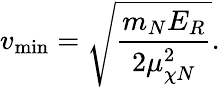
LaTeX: v_{\mathrm{min}}=\sqrt{\frac{m_{N}E_{R}}{2\mu_{\chi N}^{2}}}.